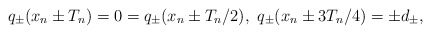
\begin{align*}q_{\pm}(x_n \pm T_n) = 0 = q_{\pm} (x_n \pm T_n/2), \ q_{\pm}(x_n \pm 3T_n/4) = \pm d_{\pm},\end{align*}